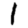
Digit: 1